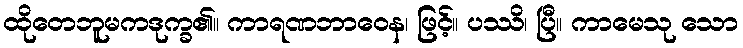
ထိုတေဘူမကဒုက္ခ၏။ ကာရဏဘာဝေန၊ ဖြင့်။ ပဿိ၊ ပြီ။ ကာမေသု သော